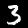
Digit: 3